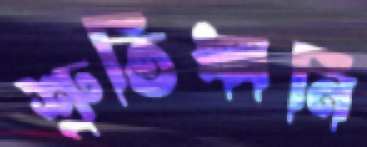
শ্রুতিধ্বনি